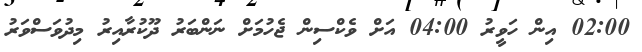
02:00 އިން ހަވީރު 04:00 އަށް ވެކްސިން ޖެހުމަށް ނަންބަރު ދޫކުރާއިރު މިދުވަސްވަރު